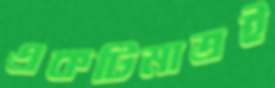
একটিমাত্রই